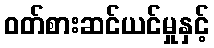
ဝတ်စားဆင်ယင်မှုနှင့်